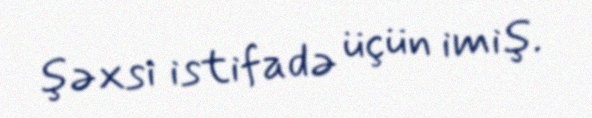
şəxsi istifadə üçün imiş.